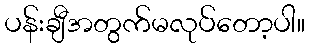
ပန်းချီအတွက်မလုပ်တော့ပါ။